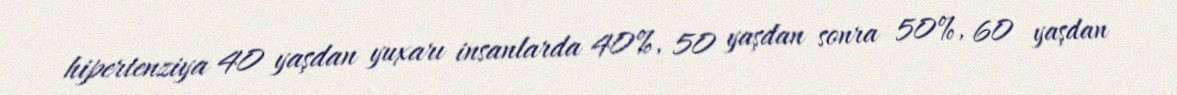
hipertenziya 40 yaşdan yuxarı insanlarda 40%, 50 yaşdan sonra 50%, 60 yaşdan